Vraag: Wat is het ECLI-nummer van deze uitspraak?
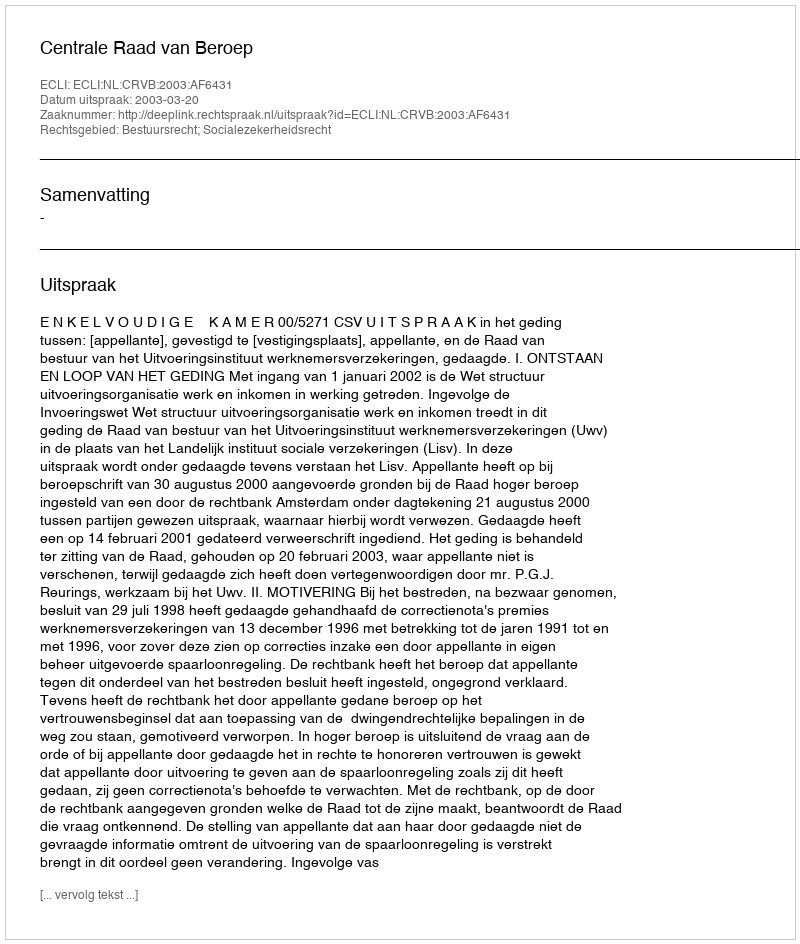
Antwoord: ECLI:NL:CRVB:2003:AF6431